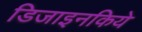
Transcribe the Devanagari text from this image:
डिजाइनकिये